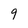
Character: 9